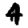
Digit: 4